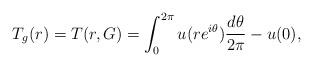
LaTeX: \begin{align*} T_g(r)=T(r, G)=\int_0^{2\pi}u(re^{i\theta})\frac{d\theta}{2\pi}-u(0), \end{align*}